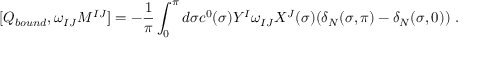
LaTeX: [ Q _ { b o u n d } , \omega _ { I J } M ^ { I J } ] = - \frac { 1 } { \pi } \int _ { 0 } ^ { \pi } d \sigma c ^ { 0 } ( \sigma ) Y ^ { I } \omega _ { I J } X ^ { J } ( \sigma ) ( \delta _ { N } ( \sigma , \pi ) - \delta _ { N } ( \sigma , 0 ) ) \ .